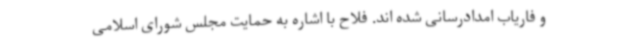
و فاریاب امدادرسانی شده اند. فلاح با اشاره به حمایت مجلس شورای اسلامی